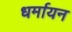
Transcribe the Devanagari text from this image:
धर्मायन